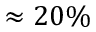
\approx 2 0 \%